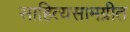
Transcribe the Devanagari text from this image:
साहित्यसामग्रीत